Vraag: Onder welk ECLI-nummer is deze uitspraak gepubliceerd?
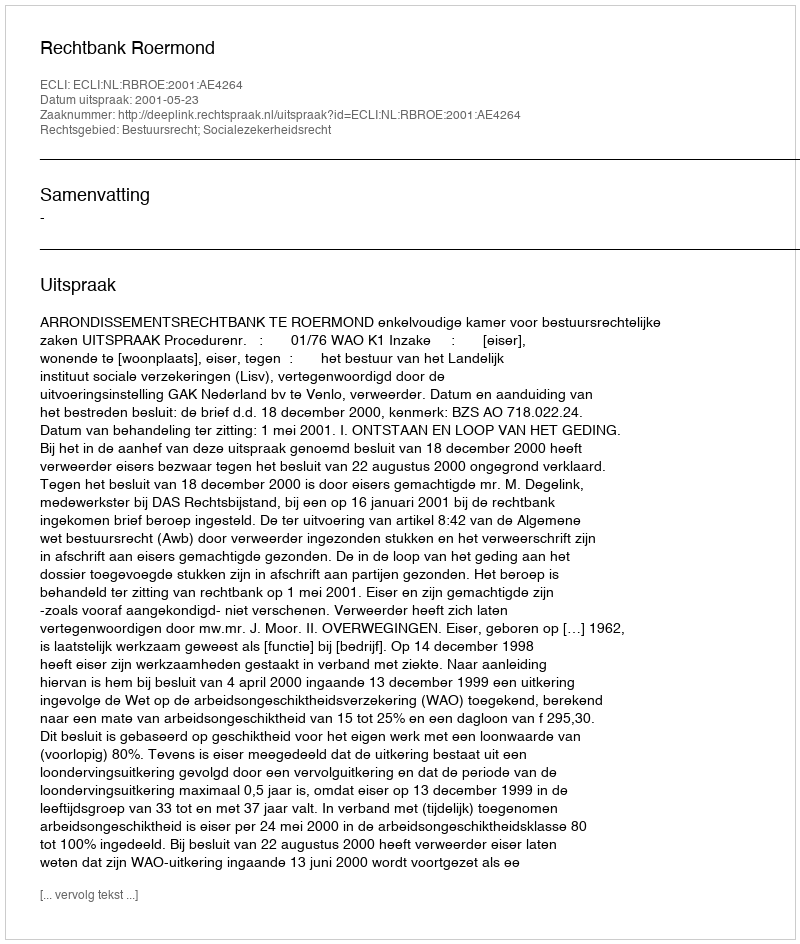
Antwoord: ECLI:NL:RBROE:2001:AE4264